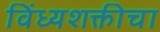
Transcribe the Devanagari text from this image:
विंध्यशक्तीचा